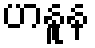
ဟနူန